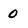
Character: 0